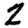
Digit: 2